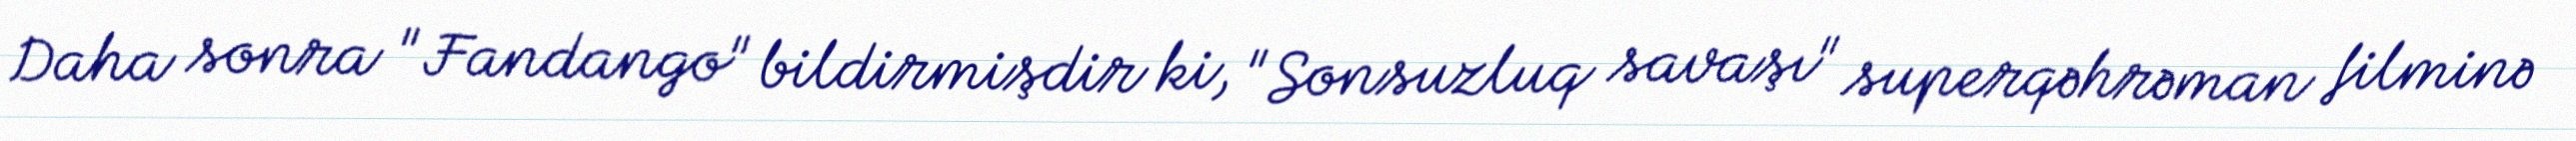
Daha sonra "Fandango" bildirmişdir ki, "Sonsuzluq savaşı" superqəhrəman filminə